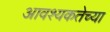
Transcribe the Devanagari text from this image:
आवश्यकतेच्या